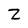
Character: Z